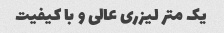
یک متر لیزری عالی و با کیفیت